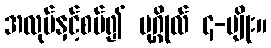
အလုပ်နှင့်စပ်၍ ပုဂ္ဂိုလ် ၄-မျိုး။